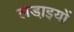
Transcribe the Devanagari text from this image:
लडा़इयों